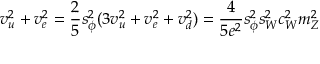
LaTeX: v _ { u } ^ { 2 } + v _ { e } ^ { 2 } = { \frac { 2 } { 5 } } s _ { \phi } ^ { 2 } ( 3 v _ { u } ^ { 2 } + v _ { e } ^ { 2 } + v _ { d } ^ { 2 } ) = { \frac { 4 } { 5 e ^ { 2 } } } s _ { \phi } ^ { 2 } s _ { W } ^ { 2 } c _ { W } ^ { 2 } m _ { Z } ^ { 2 }